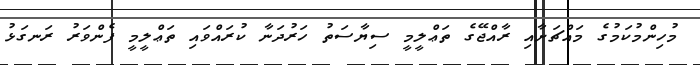
މުހިންމުކަމުގެ މައްޗަށާއި ރާއްޖޭގެ ތަޢްލީމީ ސިޔާސަތު ހަރުދަނާ ކުރައްވައި ތަޢްލީމީ ފެންވަރު ރަނގަޅު